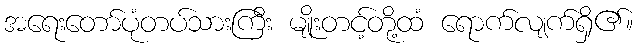
အရေးတော်ပုံတပ်သားကြီး မျိုးတင့်တို့ထံ ရောက်လျက်ရှိ၏။